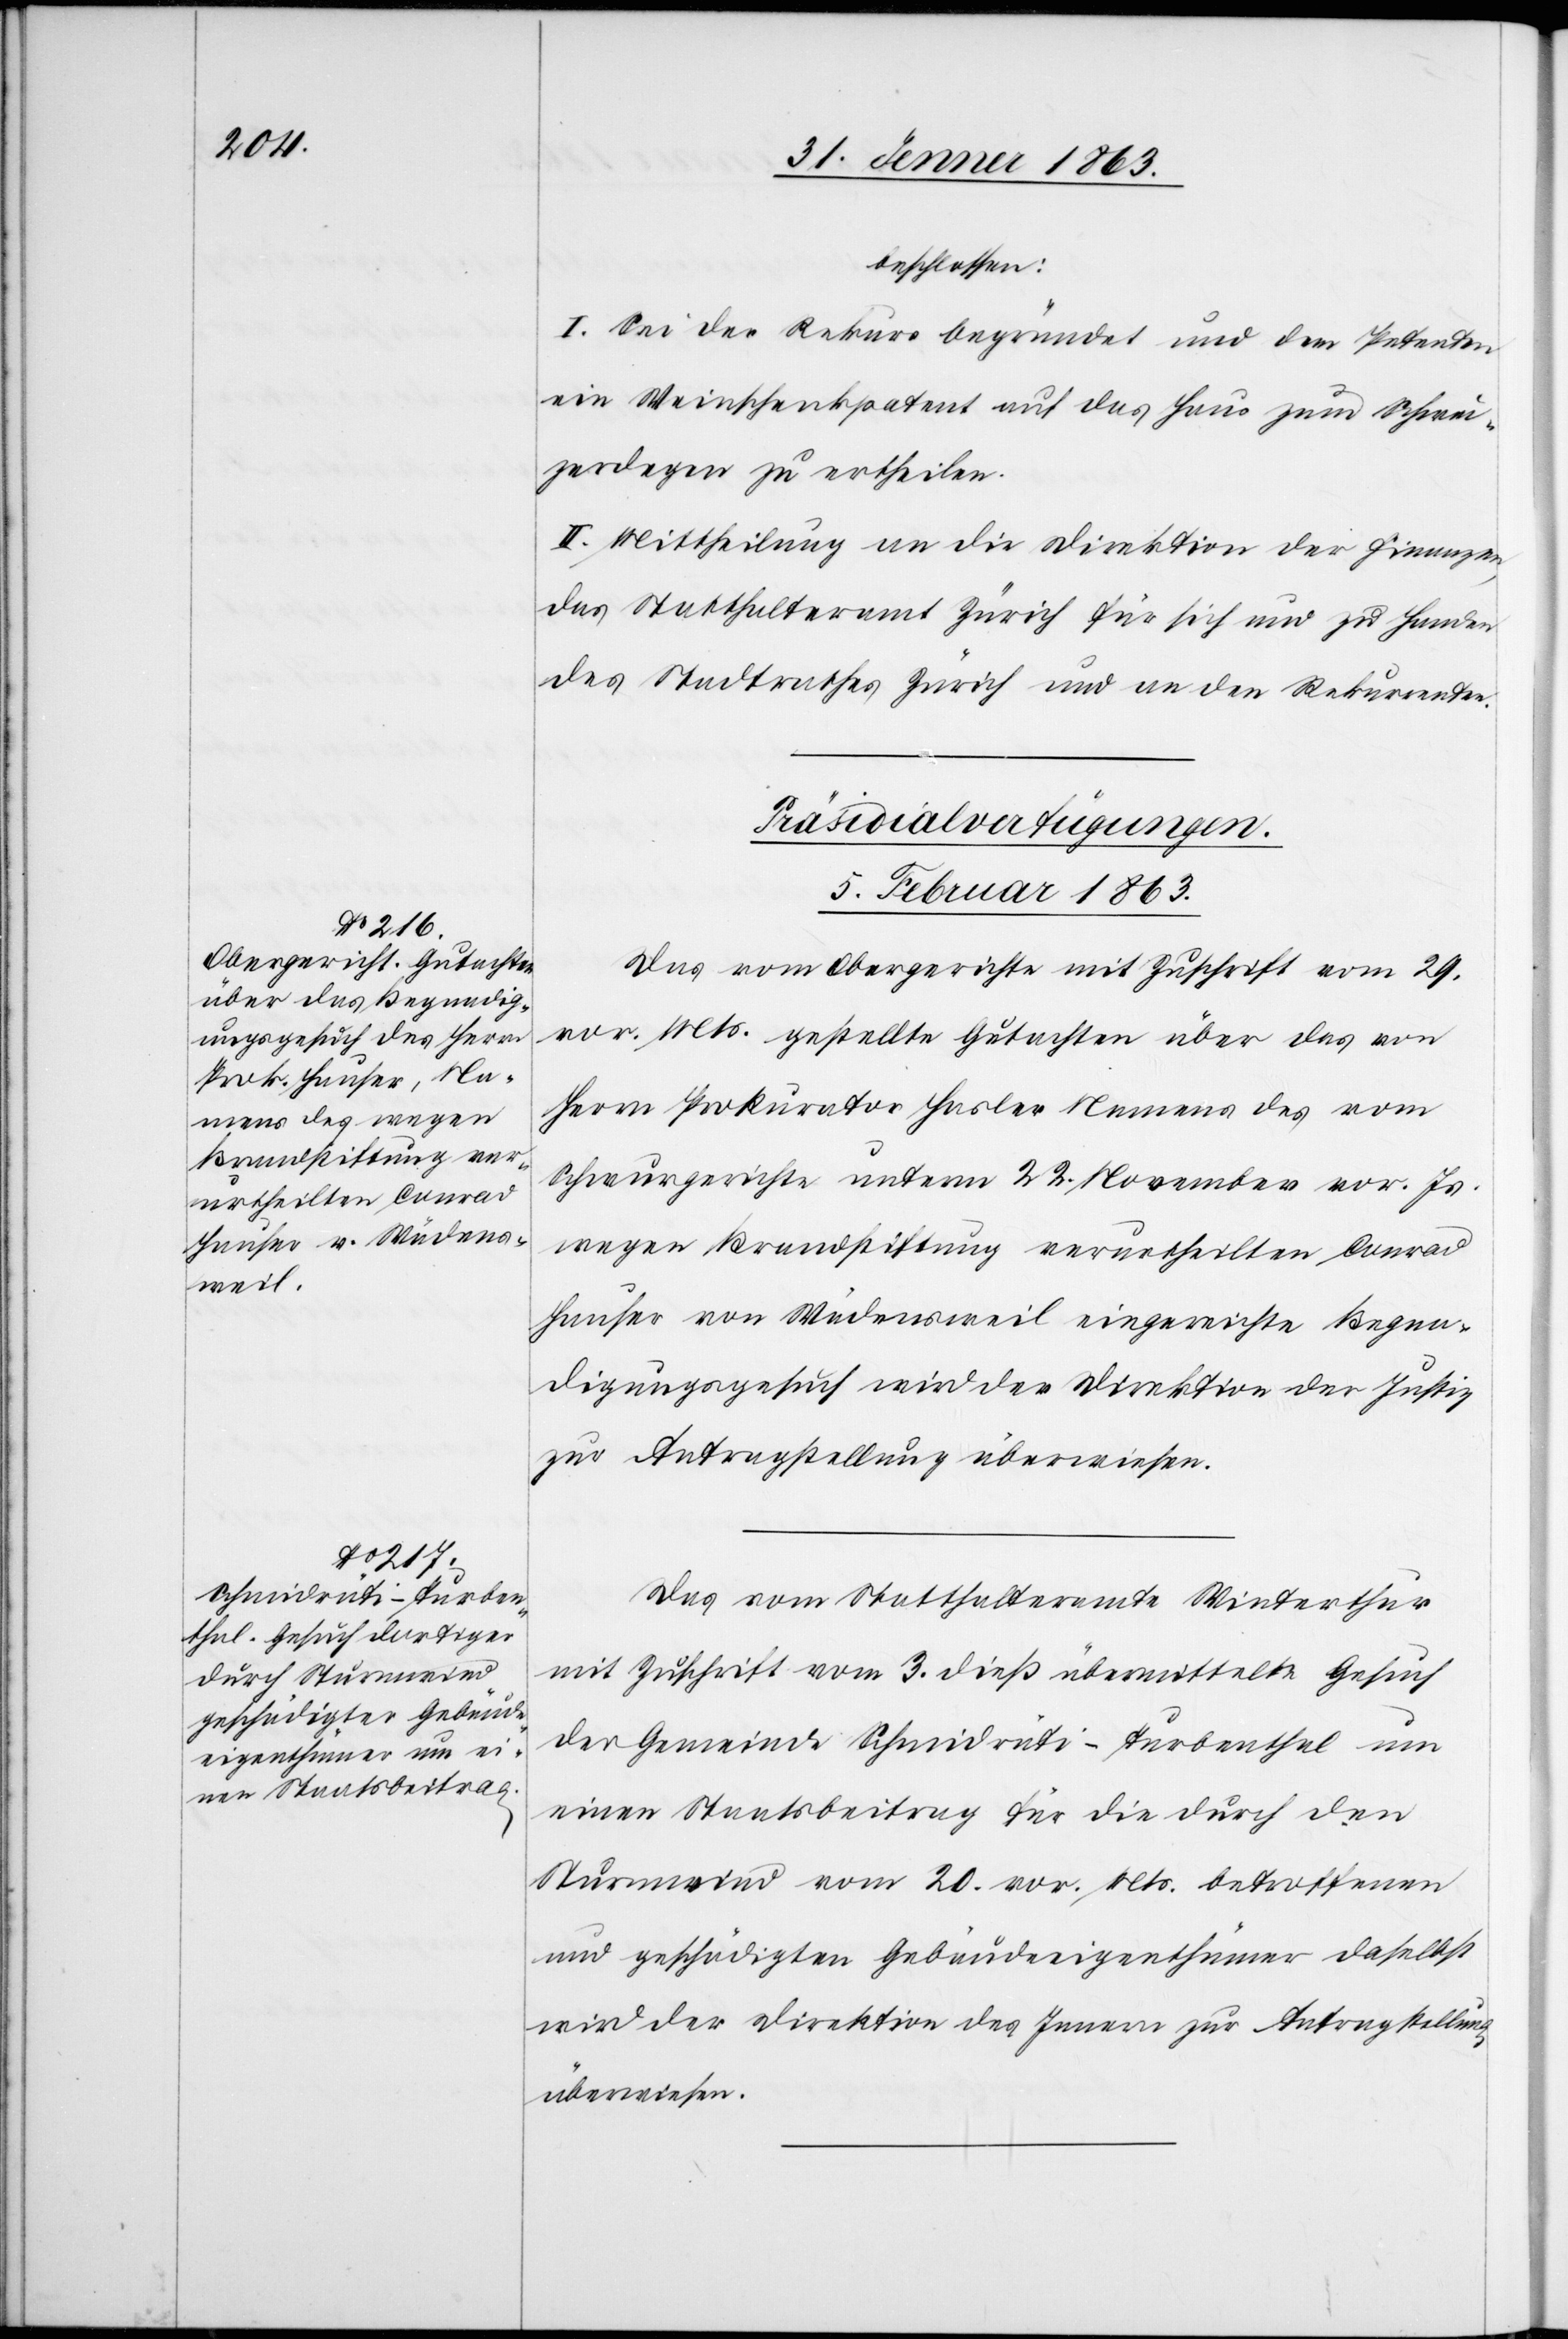
beschlossen:
I. Sei der Rekurs begründet und dem Petenten
ein Weinschenkpatent auf das Haus zum Schwei¬
zerdegen zu ertheilen.
II. Mittheilung an die Direktion der Finanzen,
das Statthalteramt Zürich für sich und zu Handen
des Stadtrathes Zürich und an den Rekurrenten.
[Präsidialverfügungen.
5. Februar 1863.]
Das vom Obergerichte mit Zuschrift vom 29.
vor. Mts. gestellte Gutachten über das von
Herrn Prokurator Hasler Namens des vom
Schwurgerichte unterm 22. November vor. Js.
wegen Brandstiftung verurtheilten Conrad
Hauser von Wädensweil eingereichte Begna¬
digungsgesuch wird der Direktion der Justiz
zur Antragstellung überwiesen.
Das vom Statthalteramte Winterthur
mit Zuschrift vom 3. dieß übermittelte Gesuch
der Gemeinde Schmidrüti-Turbenthal um
einen Staatsbeitrag für die durch den
Sturmwind vom 20. vor. Mts. betroffenen
und geschädigten Gebäudeeigenthümer daselbst
wird der Direktion des Innern zur Antragstellung
überweisen.